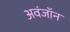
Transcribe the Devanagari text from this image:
अवंजॉन